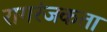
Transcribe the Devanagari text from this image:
रागरंजकता